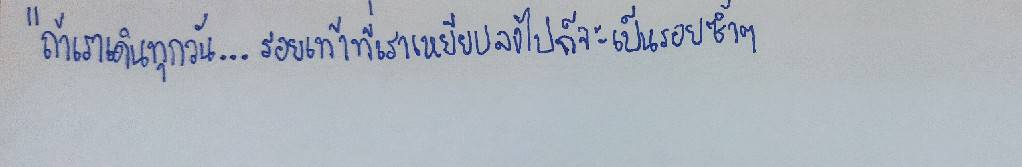
"ถ้าเราเดินทุกวัน...รอยเท้าที่เราเหยียบลงไปก็จะเป็นรอยช้ำๆ